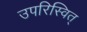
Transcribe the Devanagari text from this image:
उपरिस्वित्